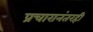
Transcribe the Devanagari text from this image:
प्रचारानंतरही